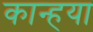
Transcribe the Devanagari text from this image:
कान्हया